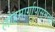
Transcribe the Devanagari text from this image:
लोहमार्गापासूनच्या